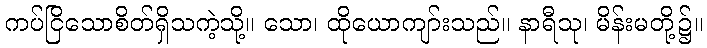
ကပ်ငြိသောစိတ်ရှိသကဲ့သို့။ သော၊ ထိုယောကျာ်းသည်။ နာရီသု၊ မိန်းမတို့၌။